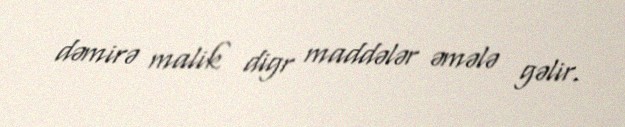
dəmirə malik digr maddələr əmələ gəlir.